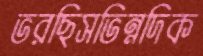
ভরছিসভিন্নদিক